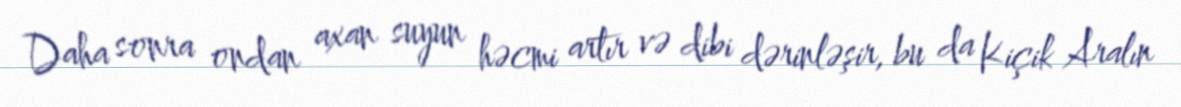
Daha sonra ondan axan suyun həcmi artır və dibi dərinləşir, bu da Kiçik Aralın